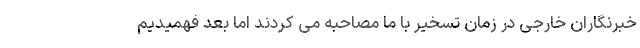
خبرنگاران خارجی در زمان تسخیر با ما مصاحبه می کردند اما بعد فهمیدیم